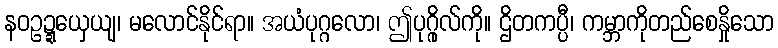
နဝဥဍ္ဍယှေယျ၊ မလောင်နိုင်ရာ။ အယံပုဂ္ဂလော၊ ဤပုဂ္ဂိုလ်ကို။ ဌိတကပ္ပီ၊ ကမ္ဘာကိုတည်စေနှိုသော